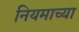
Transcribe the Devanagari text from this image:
नियमाच्या